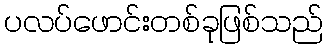
ပလပ်ဖောင်းတစ်ခုဖြစ်သည်